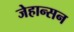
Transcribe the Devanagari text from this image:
जेहान्सन